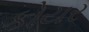
કોયર